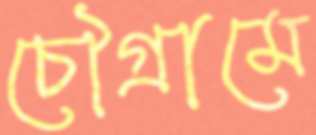
চৌগ্রামে